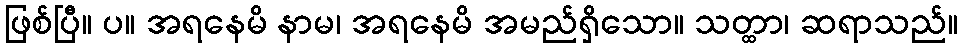
ဖြစ်ပြီ။ ပ။ အရနေမိ နာမ၊ အရနေမိ အမည်ရှိသော။ သတ္ထာ၊ ဆရာသည်။